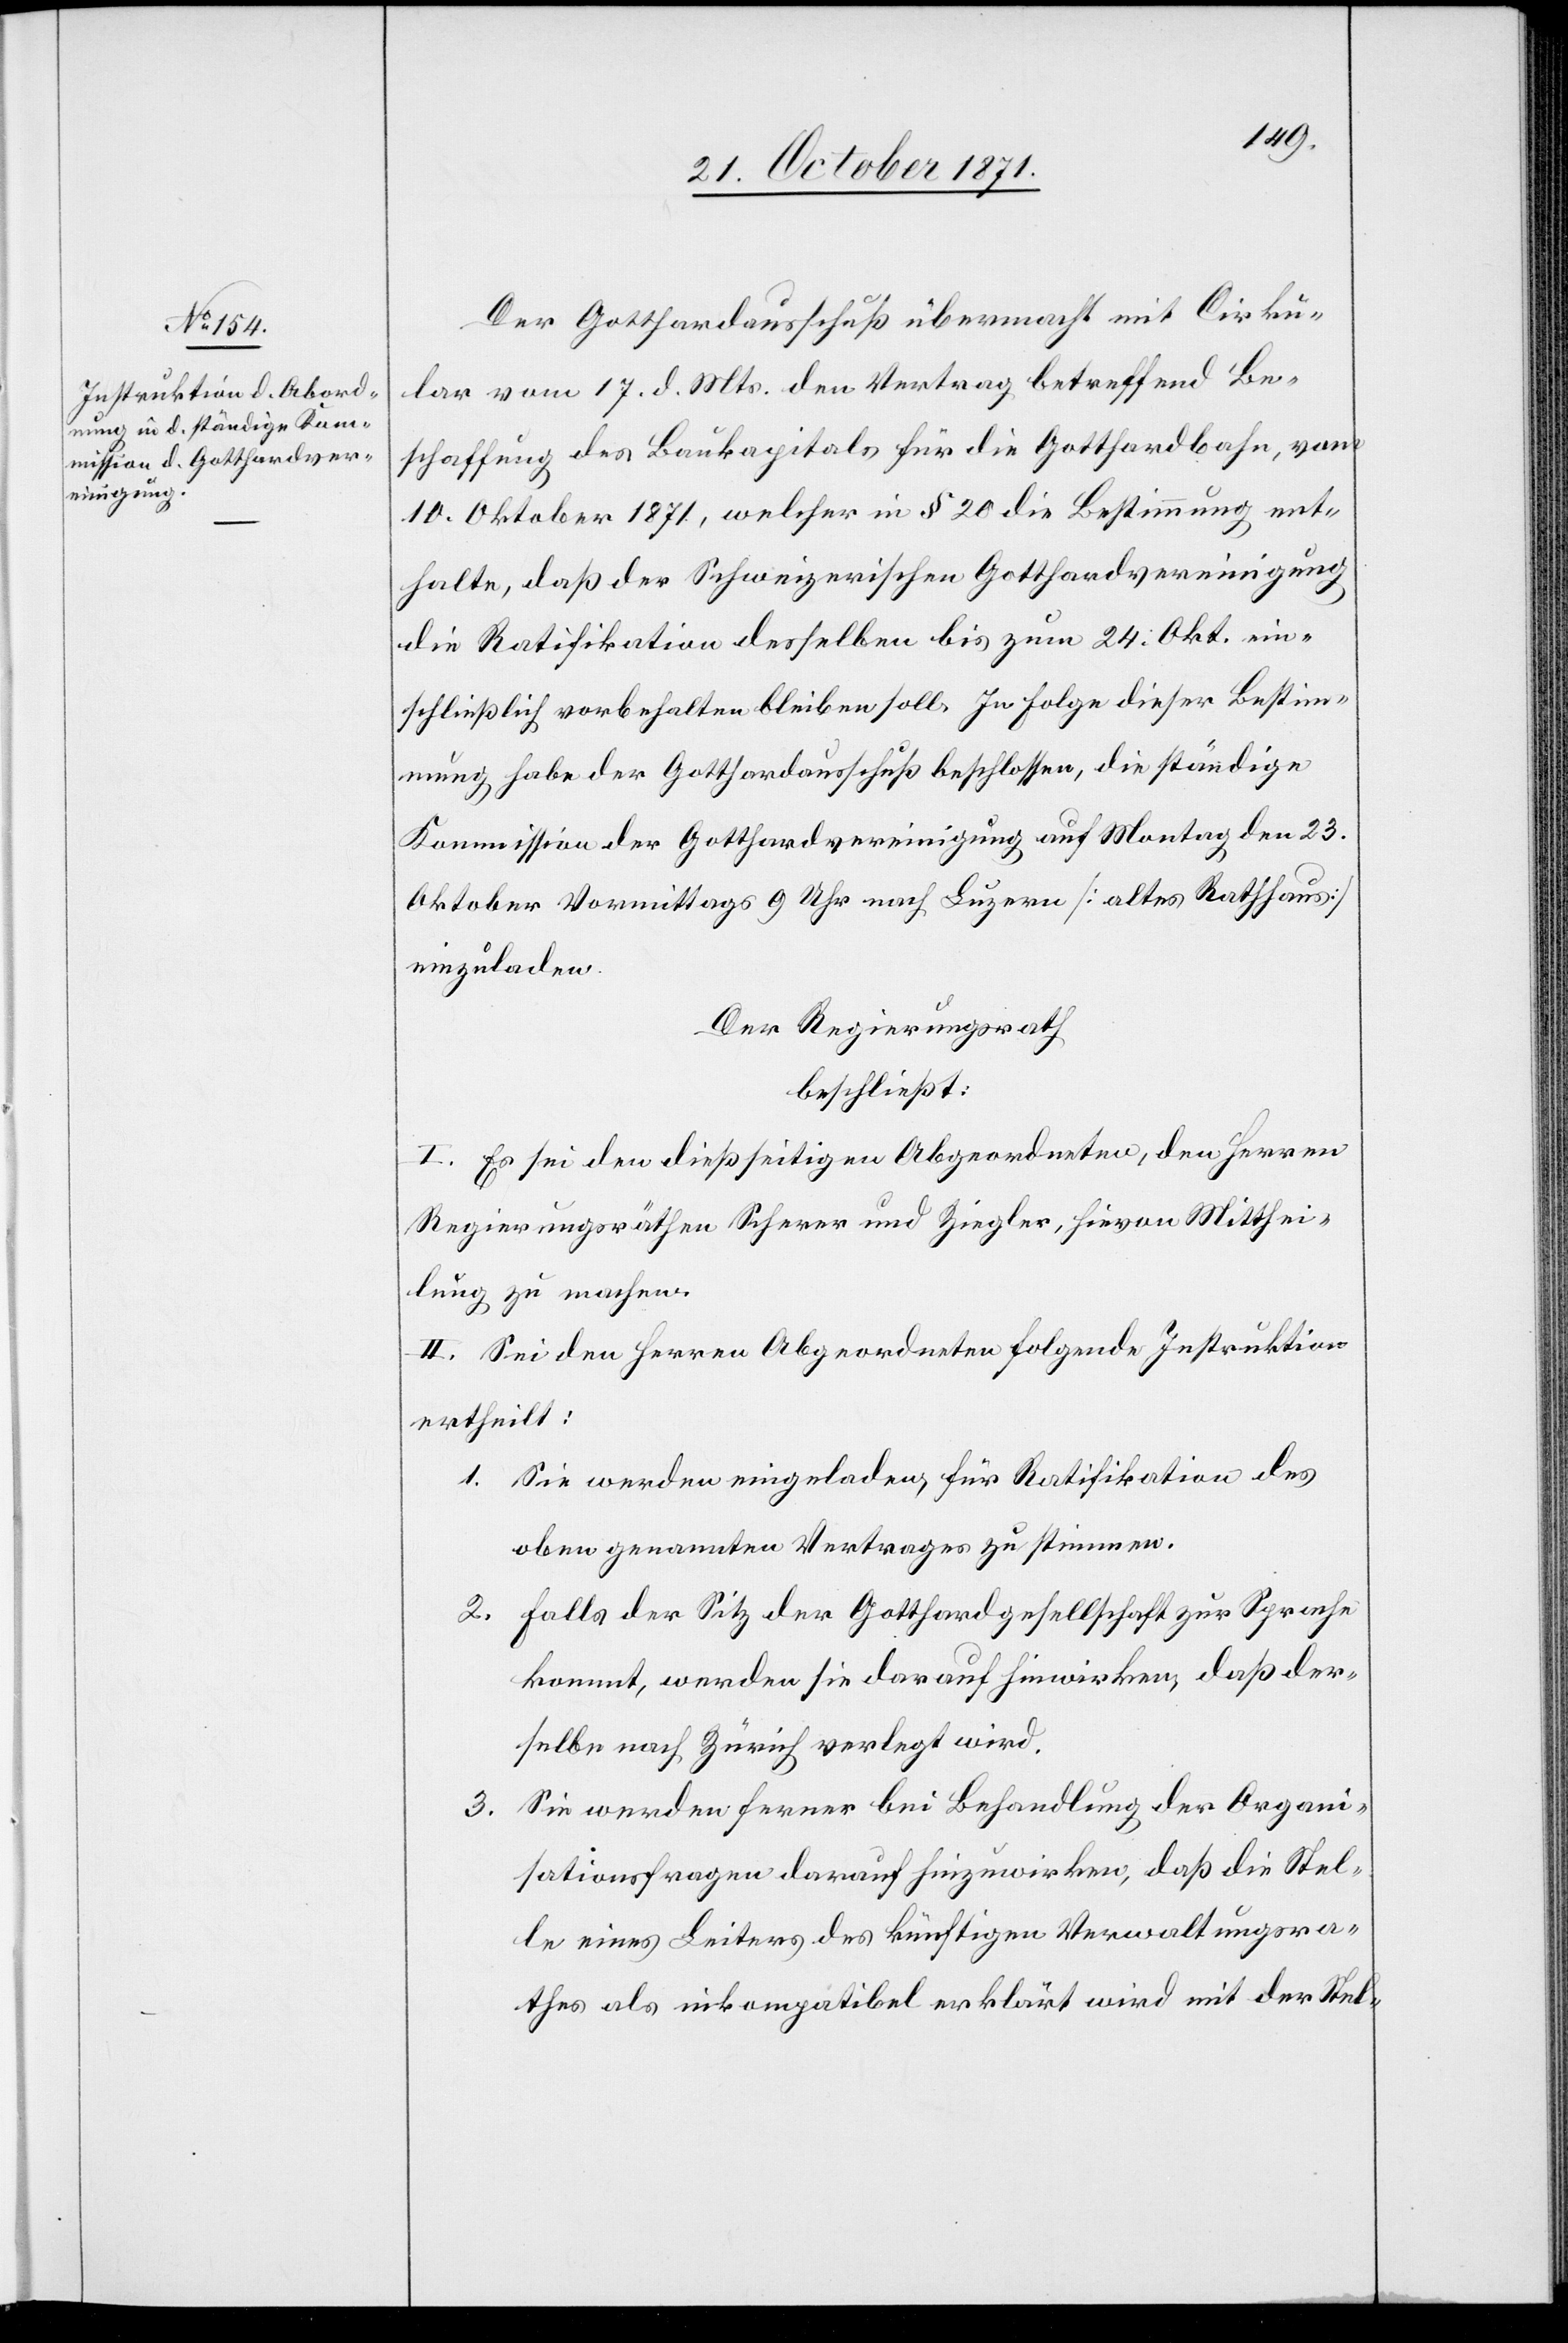
Der Gotthardausschuß übermacht mit Cirku¬
lar vom 17. d. Mts. den Vertrag betreffend Be¬
schaffung des Baukapitals für die Gotthardbahn, vom
10. Oktober 1871, welcher in § 20 die Bestimmung ent¬
halte, daß der Schweizerischen Gotthardvereinigung
die Ratifikation desselben bis zum 24. Okt. ein¬
schließlich vorbehalten bleiben soll. In Folge dieser Bestimm¬
ung habe der Gotthardausschuß beschlossen, die ständige
Kommission der Gotthardvereinigung auf Montag den 23.
Oktober Vormittags 9 Uhr nach Luzern [altes Rathhaus]
einzuladen.
Der Regierungsrath
beschließt:
I. Es sei den dießseitigen Abgeordneten, den Herren
Regierungsräthen Scherer und Ziegler, hievon Mitthei¬
lung zu machen.
II. Sei den Herren Abgeordneten folgende Instruktion
ertheilt:
1. Sie werden eingeladen, für Ratifikation des
oben genannten Vertrages zu stimmen.
2.
Falls der Sitz der Gotthardgesellschaft zur Sprache
kommt, werden sie darauf hinwirken, daß der¬
selbe nach Zürich verlegt wird.
Sie werden ferner bei Behandlung der Organi¬
3.
sationsfragen darauf hinzuwirken, [sic!] daß die Stel¬
le eines Leiters des künftigen Verwaltungsra¬
thes als inkompatibel erklärt wird mit der Stel-